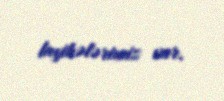
layihələrimiz var.